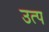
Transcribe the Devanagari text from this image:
उत्प